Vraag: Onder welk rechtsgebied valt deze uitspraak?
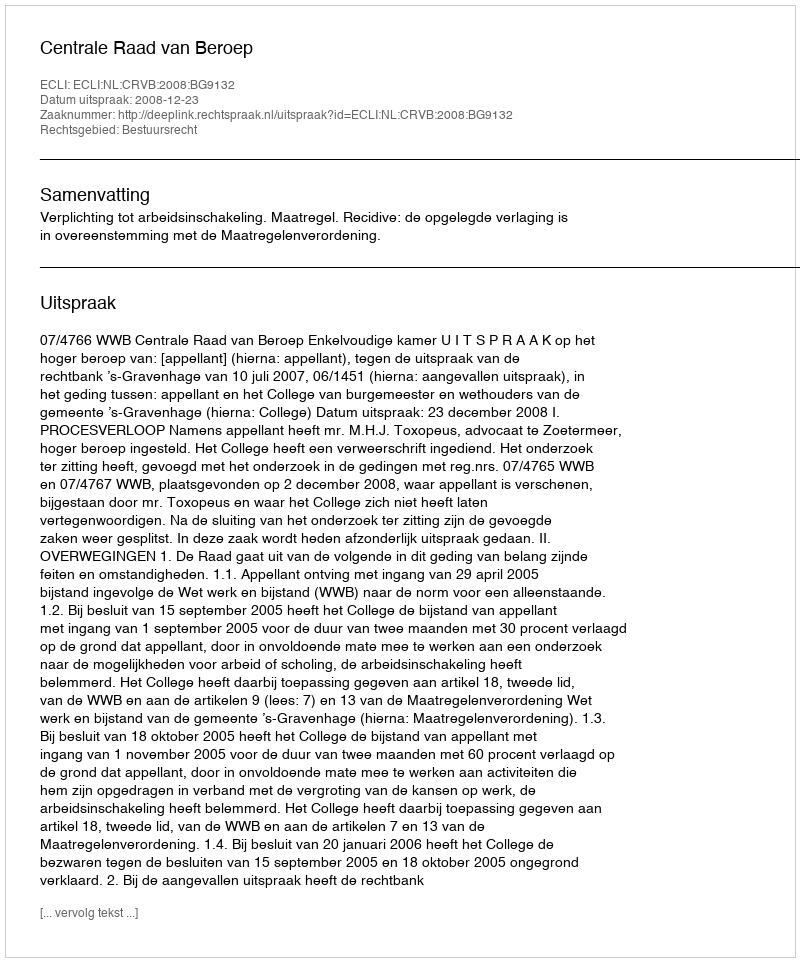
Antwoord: Bestuursrecht